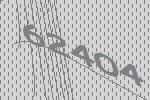
62404